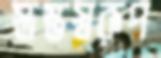
স্তম্ভস্বরূপ